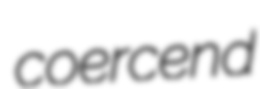
coercend